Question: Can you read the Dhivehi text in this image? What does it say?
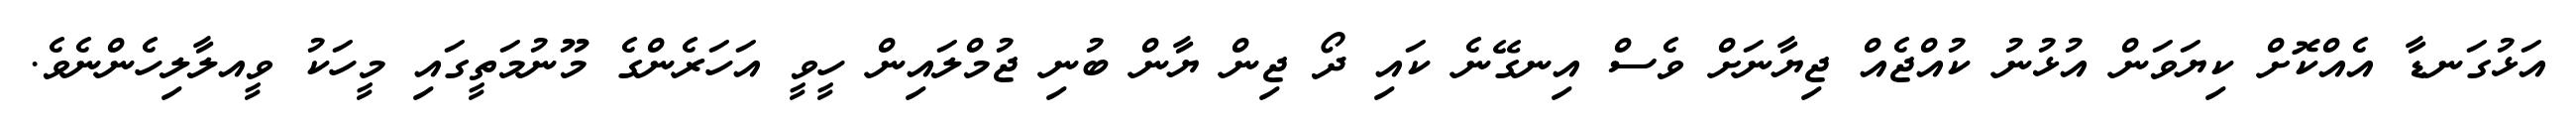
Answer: އަޅުގަނޑާ އެއްކޮށް ކިޔަވަން އުޅުނު ކުއްޖެއް ޖިޔާނަށް ވެސް އިނގޭނެ ކައި ދޯ ޖިން ޔާން ބުނި ޖުމްލައިން ހީވީ އަހަރެންގެ މޫނުމަތީގައި މީހަކު ވީއލާލިހެންނެވެ.